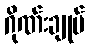
ဂိုဏ်းချုပ်